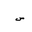
Letter: _sin